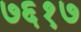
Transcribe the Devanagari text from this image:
७६१७